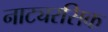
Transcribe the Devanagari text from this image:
नाट्यरसिक